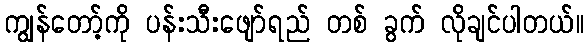
ကျွန်တော့်ကို ပန်းသီးဖျော်ရည် တစ် ခွက် လိုချင်ပါတယ်။